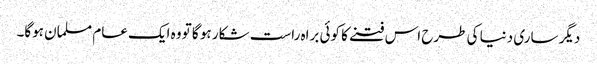
دیگر ساری دنیا کی طرح اس فتنے کا کوئی براہ راست شکار ہو گا تو وہ ایک عام مسلمان ہوگا۔